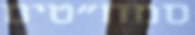
סמח"טים